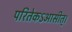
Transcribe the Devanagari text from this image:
परितेकऽआसीत्।